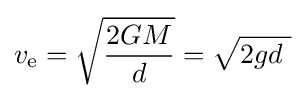
v_{\text{e}}={\sqrt {\frac {2GM}{d}}}={\sqrt {2gd\ }}